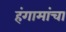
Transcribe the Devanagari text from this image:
हंगामांचा